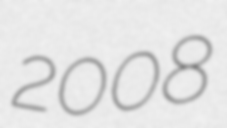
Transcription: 2008